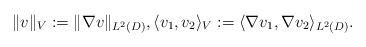
\begin{align*} \|v\|_V := \|\nabla v\|_{L^2(D)}, \langle v_1,v_2\rangle_V := \langle \nabla v_1,\nabla v_2\rangle_{L^2(D)}.\end{align*}